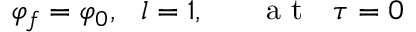
\varphi _ { f } = \varphi _ { 0 } , ~ ~ l = 1 , ~ ~ ~ ~ ~ \mathrm { ~ a ~ t ~ } ~ ~ \tau = 0